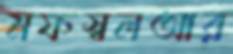
মফস্বলআর